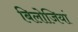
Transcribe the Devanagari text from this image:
बिलोजियां